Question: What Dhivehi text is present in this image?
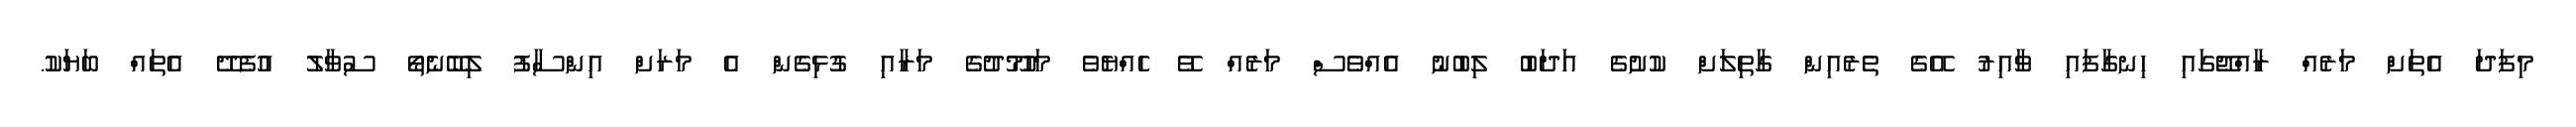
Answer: މިފަދަ އެތަށް މަރެއް ރާއްޖޭގައި ހިނގާފައި ވާއިރު އޭގެ ތެރެއިން ގާތިލަށް ކުށުގެ އަދަބު ލިބުނު އެއްވެސް މަރެއް ވޭ ހެއްޔެވެ މަހުމޫދުގެ މަރާއި ގުޅިގެން އެ މަރަށް އިންސާފު ލިބޭނެތޯ ސުވާލު އުފެދޭ އެތައް ބަޔަކު.